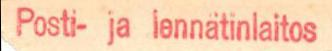
Posti- ja lennätinlaitos